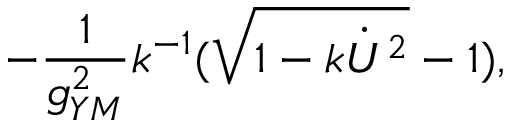
- { \frac { 1 } { g _ { Y M } ^ { 2 } } } k ^ { - 1 } ( \sqrt { 1 - k \dot { U } ^ { 2 } } - 1 ) ,